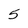
Character: 5